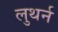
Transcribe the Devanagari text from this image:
लुथर्न